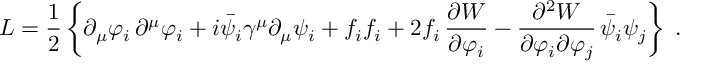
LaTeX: { \cal L } = \frac { 1 } { 2 } \left\{ \partial _ { \mu } \varphi _ { i } \, \partial ^ { \mu } \varphi _ { i } + i \bar { \psi } _ { i } \gamma ^ { \mu } \partial _ { \mu } \psi _ { i } + f _ { i } f _ { i } + 2 f _ { i } \, \frac { \partial { W } } { \partial \varphi _ { i } } - \frac { \partial ^ { 2 } { W } } { \partial \varphi _ { i } \partial \varphi _ { j } } \, \bar { \psi } _ { i } \psi _ { j } \right\} \; .